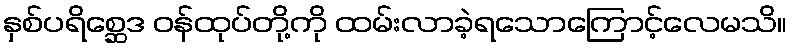
နှစ်ပရိစ္ဆေဒ ဝန်ထုပ်တို့ကို ထမ်းလာခဲ့ရသောကြောင့်လေမသိ။